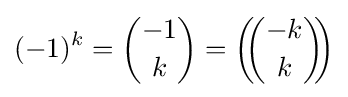
(-1)^{k}={\binom {-1}{k}}=\left(\!\!{\binom {-k}{k}}\!\!\right)